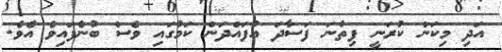
އަދި މިކަން ކުރަނީ ފިތުނަ ފަސާދަ އުފައްދަން ކަމުގައި ވެސް ބުނެފައިވެ އެވެ.